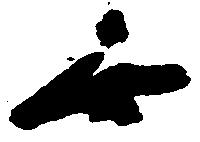
無